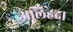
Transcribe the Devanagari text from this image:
अलिहदा